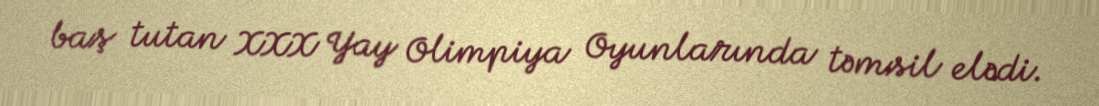
baş tutan XXX Yay Olimpiya Oyunlarında təmsil elədi.